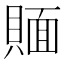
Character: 𰷉